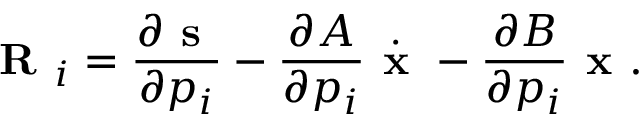
\textbf { R } _ { i } = \frac { \partial \textbf { s } } { \partial p _ { i } } - \frac { \partial A } { \partial p _ { i } } \dot { \textbf { x } } - \frac { \partial B } { \partial p _ { i } } \textbf { x } .